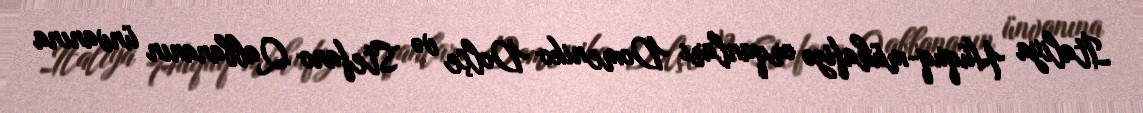
İtaliya Hüquq-mühafizə orqanları Domeniko Dolçe və Stefano Qabbananın ünvanına